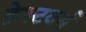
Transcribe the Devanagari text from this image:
क्रेस्टवर्थ